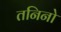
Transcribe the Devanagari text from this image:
तनिनो